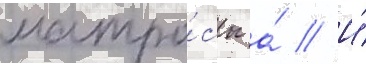
матро́сы а́ // И́